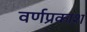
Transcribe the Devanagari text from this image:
वर्णप्रकाश